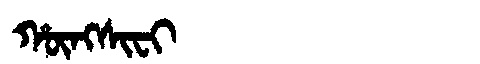
Manchu: ᡥᡡᠩᠰᡳᠸᡳ
Romanization: HŪNGSIFI